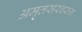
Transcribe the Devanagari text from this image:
अमृतसरवरुन